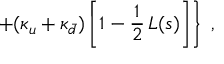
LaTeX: \left. + ( \kappa _ { u } + \kappa _ { \bar { d } } ) \left[ 1 - \frac { 1 } { 2 } \, L ( s ) \right] \right\} \; ,